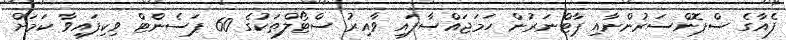
ފެއާގެ ސްޕޮންސަރުންނާއި ޕާޓްނަރުން ހަމަޖައްސާފައި ވާއިރު ސްޓޯލްތަކުގެ 60 ޕަސެންޓް ވިކިފައިވާ ކަމަށް